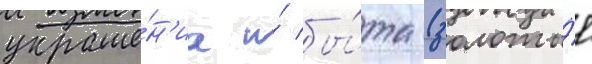
украше́н'иа и́ бы́та (золоты́е